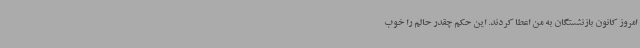
امروز کانون بازنشستگان به من اعطا کردند. این حکم چقدر حالم را خوب